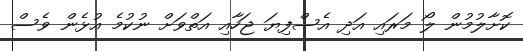
ކޮށާލުމުން ލޯ މަރައި އަދި އެސްފިޔަ ޖަހާއި އަތްވަށް ނުކުމެ އުޅެން ވެސް